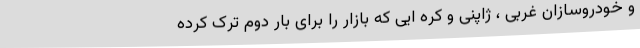
و خودروسازان غربی ، ژاپنی و کره ایی که بازار را برای بار دوم ترک کرده